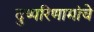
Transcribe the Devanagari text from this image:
दुष्परिणामांचे